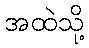
အထဲသို့